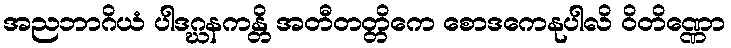
အညဘာဂိယံ ပါဒဂ္ဃနကန္တိ အတီတတ္တိကေ စောဒကေနုပါလိ ဝိတိဏ္ဏော